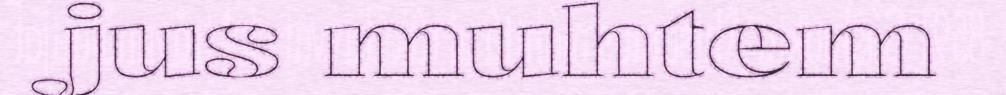
jus muhtem